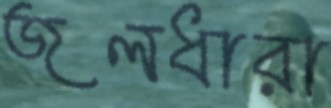
জলধারা